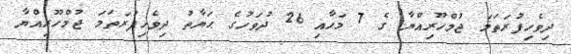
ދިވެހިފުރަތަމަ ޖުމްހޫރިއްޔާ ގެ 7 މަހާއި 26 ދުވަހުގެ ޙަޔާތު ދިވެހިފުރަތަމަ ޖުމްހޫރިއްޔާ